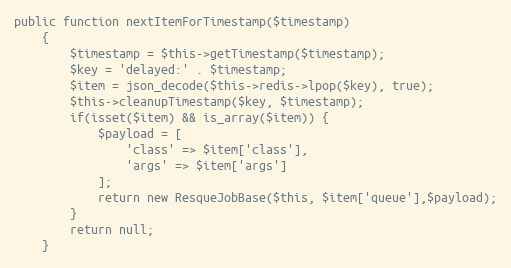
Language: PHP
public function nextItemForTimestamp($timestamp)
    {
        $timestamp = $this->getTimestamp($timestamp);
        $key = 'delayed:' . $timestamp;
        $item = json_decode($this->redis->lpop($key), true);
        $this->cleanupTimestamp($key, $timestamp);
        if(isset($item) && is_array($item)) {
            $payload = [
                'class' => $item['class'],
                'args' => $item['args']
            ];
            return new ResqueJobBase($this, $item['queue'],$payload);
        }
        return null;
    }